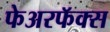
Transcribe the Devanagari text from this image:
फेअरफॅक्स